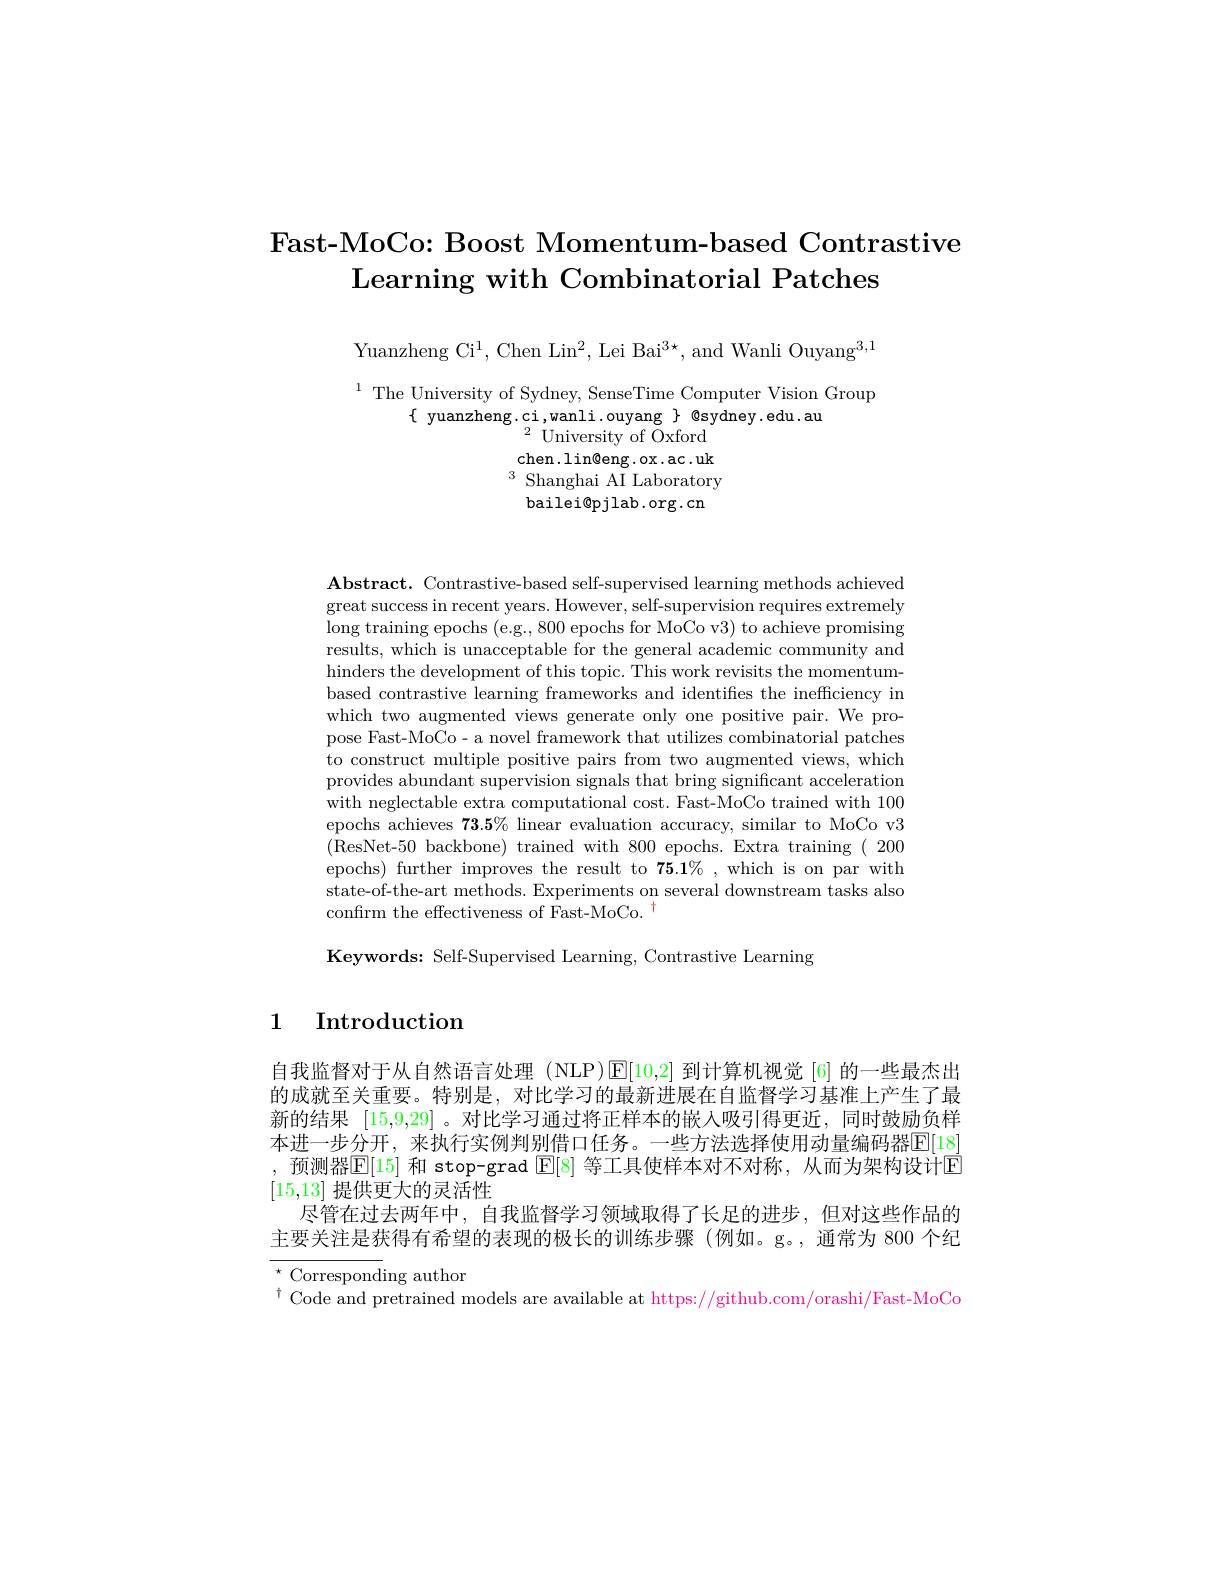
Fast-MoCo: Boost Momentum-based Contrastive
$\textbf{Learning with Combinatorial Patches}$

Yuanzheng Ci$^1$, Chen Lin$^2$, Lei Bai$^3\star$, and Wanli Ouyang$^3,1$

$^{1}$ The University of Sydney, SenseTime Computer Vision Group
$\{$ yuanzheng.ci,wanli.ouyang $\}$ @sydney.edu.au
$^{2}$University of Oxford chen.lin@eng.ox.ac.uk $^3{\text{ Shanghai AI Laboratory}}$
bailei$@$pjlab.org.cn

$\mathbf{Abstract.~Contrastive-based~self-supervised~learning~methods~achieved}$ great success in recent years. However, self-supervision requires extremely $\log$ training epochs (e.g., 800 epochs for MoCo v3) to achieve promising results, which is unacceptable for the general academic community and hinders the development of this topic. This work revisits the momentumbased contrastive learning frameworks and identifies the inefficiency in which two augmented views generate only one positive pair. We propose Fast-MoCo- a novel framework that utilizes combinatorial patches to construct multiple positive pairs from two augmented views, which provides abundant supervision signals that bring significant acceleration with neglectable extra computational cost. Fast-MoCo trained with 100 epochs achieves $73.5\%$ linear evaluation accuracy, similar to MoCo v3 (ResNet-50 backbone) trained with 800 epochs. Extra training ( 200 epochs) further improves the result to $75.1\%$,which is on par with state-of-the-art methods. Experiments on several downstream tasks also confirm the effectiveness of Fast-MoCo. $^{\dagger}$

Keywords: Self-Supervised Learning, Contrastive Learning

1 Introduction

自我监督对于从自然语言处理(NLP)[E[10,2] 到计算机视觉[6]的一些最杰出的成就至关重要。特别是，对比学习的最新进展在自监督学习基准上产生了最新的结果[15,9,29]。对比学习通过将正样本的嵌入吸引得更近，同时鼓励负样本进一步分开，来执行实例判别借口任务。一些方法选择使用动量编码器E[18] ,预测器$\mathbb{E}[15]$ 和 stop-grad $\mathbb{E}[8]$ 等工具使样本对不对称，从而为架构设计E [15,13]提供更大的灵活性
尽管在过去两年中，自我监督学习领域取得了长足的进步，但对这些作品的主要关注是获得有希望的表现的极长的训练步骤(例如。g。,通常为 800 个纪$^{\star}$Corresponding author

$^{\dagger}$ Code and pretrained models are available at https://github.com/orashi/Fast-MoCo